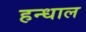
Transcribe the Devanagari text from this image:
हन्धाल